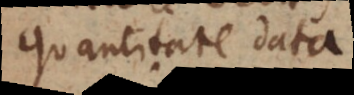
quantitate data.